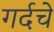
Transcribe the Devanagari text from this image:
गर्दचे